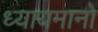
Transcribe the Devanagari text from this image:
ध्यायमानो